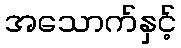
အသောက်နှင့်